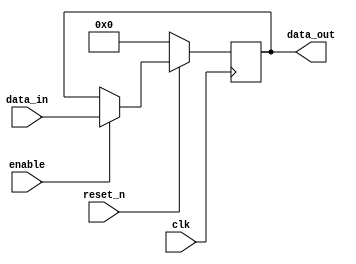
module sequential_logic (
    input wire clk,          // Clock signal
    input wire reset_n,     // Active-low synchronous reset
    input wire enable,       // Enable signal
    input wire [7:0] data_in, // Input data
    output reg [7:0] data_out // Output data
);

    // Initial state (optional, can be removed for synthesis)
    initial begin
        data_out = 8'b0; // Initialize output
    end

    // Behavioral modeling block sensitive to the positive edge of clk
    always @(posedge clk) begin
        if (!reset_n) begin
            // Synchronous reset
            data_out <= 8'b0; // Reset output to 0
        end else if (enable) begin
            // Update state when enabled
            data_out <= data_in; // Assign input to output
        end
        // If neither reset nor enable, data_out remains unchanged
    end

endmodule